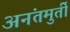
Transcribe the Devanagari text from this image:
अनंतमुर्ती